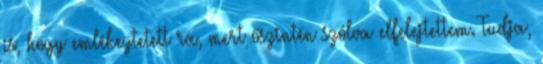
is, hogy emlékeztetett rá, mert őszintén szólva elfelejtettem. Tudja,